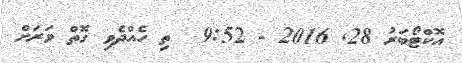
އޮކްޓޯބަރު 28